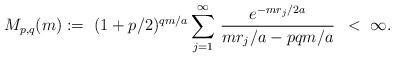
LaTeX: \begin{align*}M_{p,q}(m):= \ (1 + p/2)^{q m/a} \sum_{j=1}^\infty \, \frac{ e^{- m r_j/2a}}{m r_j/a - pqm/a} \, \ < \ \infty.\end{align*}